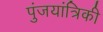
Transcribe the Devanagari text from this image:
पुंजयांत्रिकी